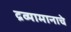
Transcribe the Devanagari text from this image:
द्रव्यामानाचे